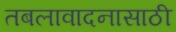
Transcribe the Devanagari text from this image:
तबलावादनासाठी